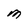
Character: M